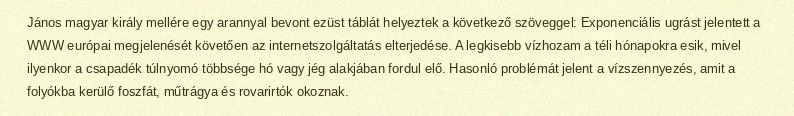
János magyar király mellére egy arannyal bevont ezüst táblát helyeztek a következő szöveggel: Exponenciális ugrást jelentett a WWW európai megjelenését követően az internetszolgáltatás elterjedése. A legkisebb vízhozam a téli hónapokra esik, mivel ilyenkor a csapadék túlnyomó többsége hó vagy jég alakjában fordul elő. Hasonló problémát jelent a vízszennyezés, amit a folyókba kerülő foszfát, műtrágya és rovarirtók okoznak.